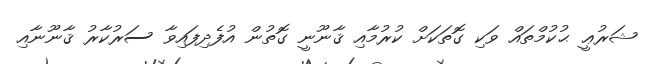
ޝަރުޢީ ޙުކުމްތައް ވަކި ގޮތަކަށް ކުރުމާއި ޤާނޫނީ ގޮތުން އުފެދިފައިވާ ސަރުކާރު ޤާނޫނާއި